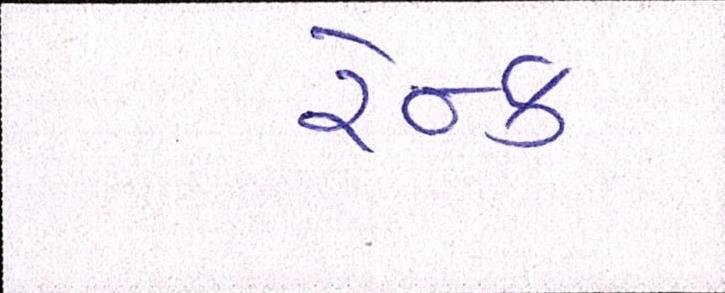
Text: રેન્ક